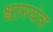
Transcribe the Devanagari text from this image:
श्वास्यंत्र